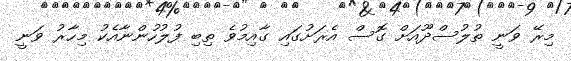
މިރޭ ވަނީ ތުލުސްދޫއަށް ގޮސް އެރަށުގައި ގާއިމުވެ ތިބި ފުލުހުންނާއެކު މިހާރު ވަނީ